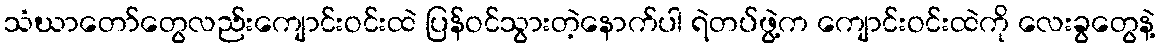
သံဃာတော်တွေလည်းကျောင်းဝင်းထဲ ပြန်ဝင်သွားတဲ့နောက်ပါ ရဲတပ်ဖွဲ့က ကျောင်းဝင်းထဲကို လေးခွတွေနဲ့